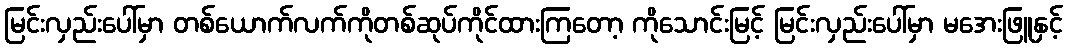
မြင်းလှည်းပေါ်မှာ တစ်ယောက်လက်ကိုတစ်ဆုပ်ကိုင်ထားကြတော့ ကိုသောင်းမြင့် မြင်းလှည်းပေါ်မှာ မအေးဖြူနှင့်